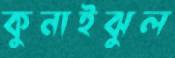
কুনাইঝুল